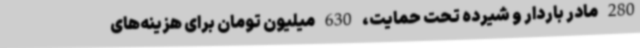
280 مادر باردار و شیرده تحت حمایت، 630 میلیون تومان برای هزینه‌های